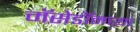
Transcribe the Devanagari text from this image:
मॅसेडॉनच्या